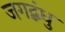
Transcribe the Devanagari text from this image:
जगद्बंधु